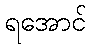
ရအောင်